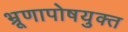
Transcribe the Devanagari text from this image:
भ्रूणापोषयुक्त